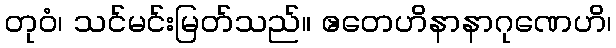
တုဝံ၊ သင်မင်းမြတ်သည်။ ဧတေဟိနာနာဂုဏေဟိ၊